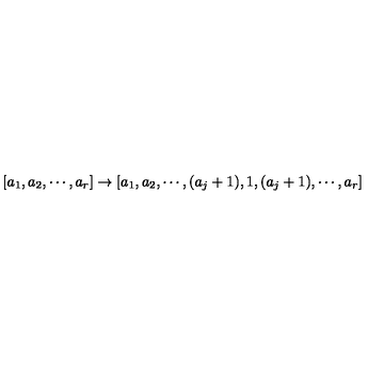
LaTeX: [ a _ { 1 } , a _ { 2 } , \cdots , a _ { r } ] \rightarrow [ a _ { 1 } , a _ { 2 } , \cdots , ( a _ { j } + 1 ) , 1 , ( a _ { j } + 1 ) , \cdots , a _ { r } ]